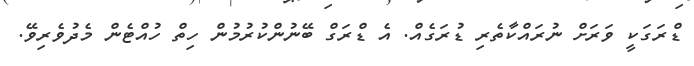
ޑްރަގަކީ ވަރަށް ނުރައްކާތެރި ޑުރަގެއް. އެ ޑްރަގް ބޭނުންކުރުމުން ހިތް ހުއްޓެން މެދުވެރިވޭ.